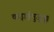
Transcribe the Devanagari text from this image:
कड़ाईमुजुक्कू